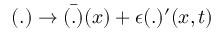
( . ) \rightarrow { \bar { ( . ) } } ( x ) + \epsilon ( . ) ^ { \prime } ( x , t )